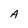
Character: A